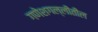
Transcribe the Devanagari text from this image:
गणेशगल्लीतील